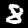
Digit: 8